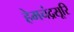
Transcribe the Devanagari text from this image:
हेमचंद्रसूरि